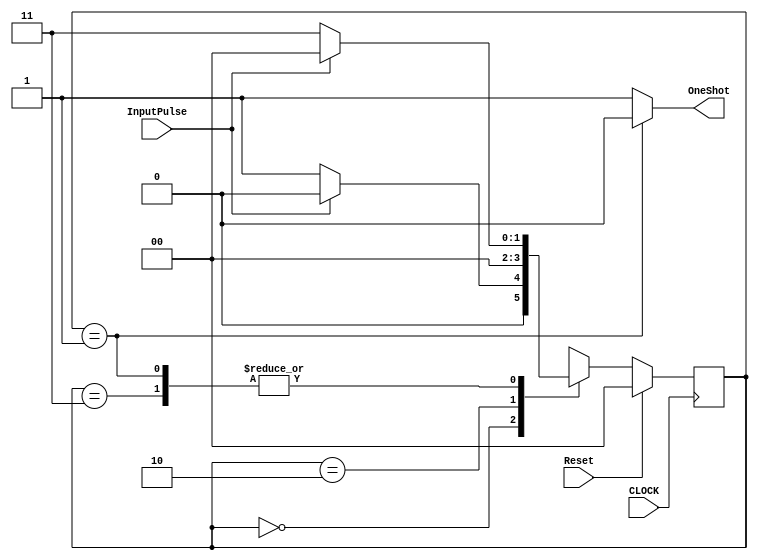
// Written by	: Jianjian Song
// 4-bit universal bidirectional counter
`timescale 1ns / 1ps

module NegClockedOneShot(InputPulse, OneShot, Reset, CLOCK) ;

input		InputPulse, Reset, CLOCK;
output reg OneShot;
parameter State0=0, State1=1, State2=2, State3=3;
reg [1:0] State;

always@(State)
	if(State==State1) OneShot<=0;
	else OneShot<=1;

always @ (posedge CLOCK)
	if(Reset==1)	State <= 0; else
	case (State)
	0:	if (InputPulse==1) State<=State0; else State<=State1;
	1:	if (InputPulse==1) State<=State0; else State<=State3;
	2:	State<=State0;
	3:	if (InputPulse==1) State<=State0; else State<=State3;
	endcase
endmodule